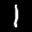
Label: 1